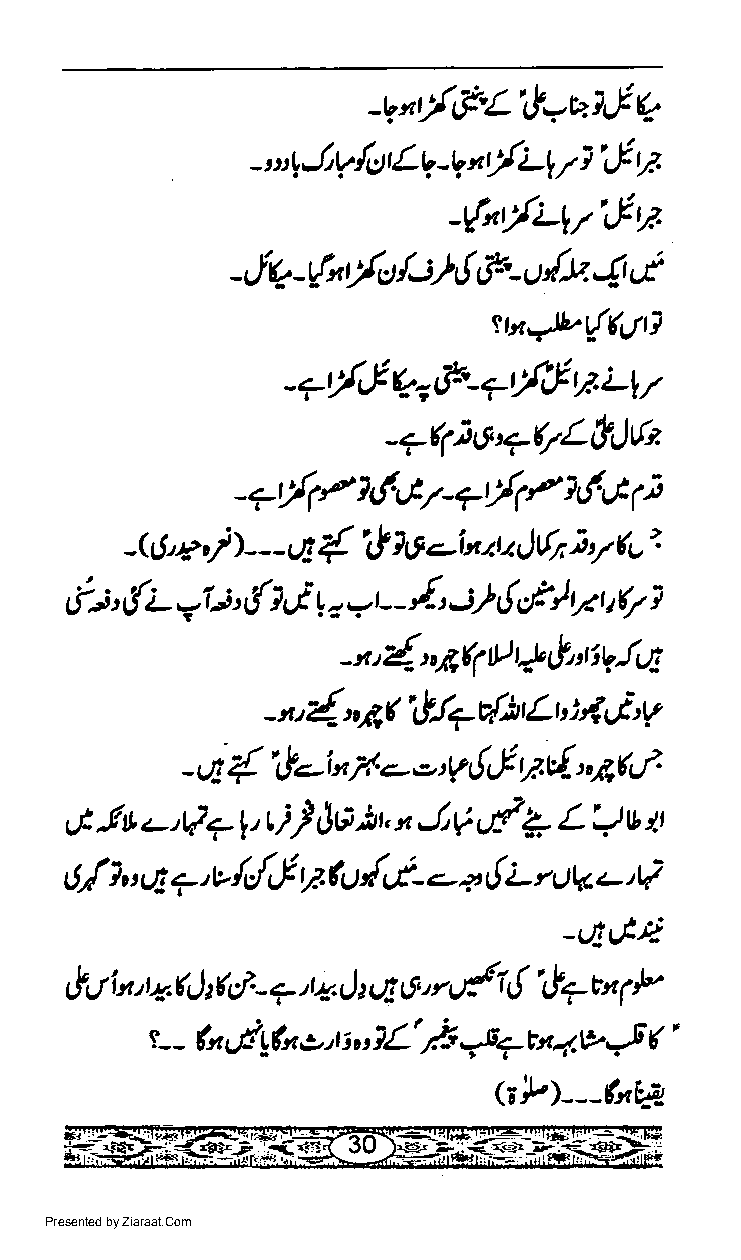
_v"y'g'Li!=ut,Jr:
 y'it,
 - "'IJV /t:)r Lq -tt r I U f,
 "
 -{"y'i-v'&n
 4,t
 rle -ht/,i-') { f-'- u dtz
 -
 ttn*Jbr/_ (r11]
 -+y'&Vr&-s-':tFnLlr
 -7q)6vr7L$)h
 -?y'(P16G/-7r/1/16A11
 {    l6-ix*,Jtlt }y4,
 -\J'e,/)---uE   A                  z
 6i' (L  y|.i' {, G o.r- f -:} (,f- )ryr tQ i
 r,   -
 '
 -a'{,'jftD4$'ti|!q
 * 1',nt',j.|+v{lr Lr : 4 G'v
 -                  t
 {'      l
 - a   &.-k   -- -'y $J v.cl-',46,t
 j
 et -! L c'Q 7 l' ) Jr; ^lt,'" J V u-dz - L il v tt
 s{ },',4 7' v /d,J f.fud ,l- -- + t! i- :, uk c,V
 -LIGE
 {it!
 [srit,taQ2(d.- 7,rt-.Jt tl O,n  i!7vn SP
 IL' fi            6'
 e - fu uE! *l>, i        9'14 .P,5
 -          t
 "'    =s7
 GP)---tuV-
 Presented by Ziaraat.Com